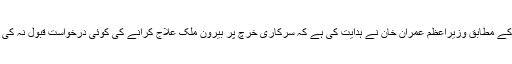
ذرائع کے مطابق وزیراعظم عمران خان نے ہدایت کی ہے کہ سرکاری خرچ پر بیرون ملک علاج کرانے کی کوئی درخواست قبول نہ کی جائے۔